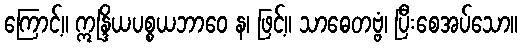
ကြောင့်။ ဣန္ဒြိယပစ္စယဘာဝေ န၊ ဖြင့်။ သာဓေတဗ္ဗံ၊ ပြီးစေအပ်သော။